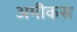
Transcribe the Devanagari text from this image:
अमीकस